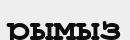
рымыз